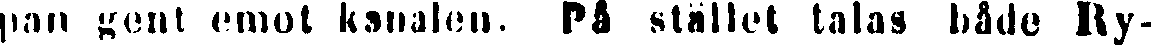
pan gent emot kanalen. På stället talas både Ry-